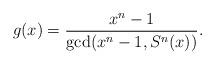
LaTeX: \begin{align*}g(x)=\frac{x^n-1}{\mathrm{gcd}(x^n-1,S^n(x))}.\end{align*}